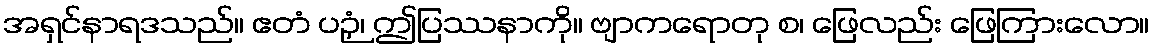
အရှင်နာရဒသည်။ ဧတံ ပဉှံ၊ ဤပြဿနာကို။ ဗျာကရောတု စ၊ ဖြေလည်း ဖြေကြားလော။